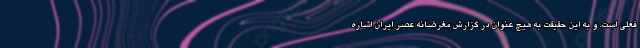
فعلی است. و به این حقیقت به هیچ عنوان در گزارش مغرضانه عصر ايران اشاره